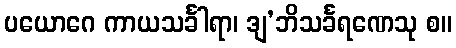
ပယောဂေ ကာယသင်္ခါရာ၊ ဒျ’ဘိသင်္ခရဏေသု စ။